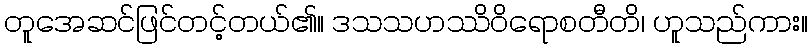
တူအေဆင်ဖြင်တင့်တယ်၏။ ဒသသဟဿိဝိရောစတီတိ၊ ဟူသည်ကား။